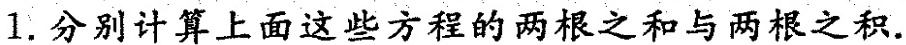
11.分别计算上面这些方程的两根之和与两根之积。